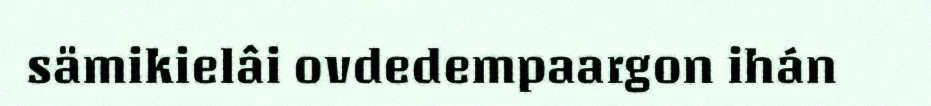
sämikielâi ovdedempaargon ihán